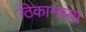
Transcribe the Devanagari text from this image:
ठिकानच्या